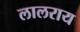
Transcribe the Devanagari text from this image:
लालराय